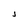
Character: J